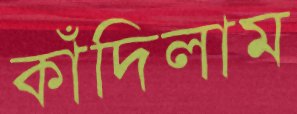
কাঁদিলাম